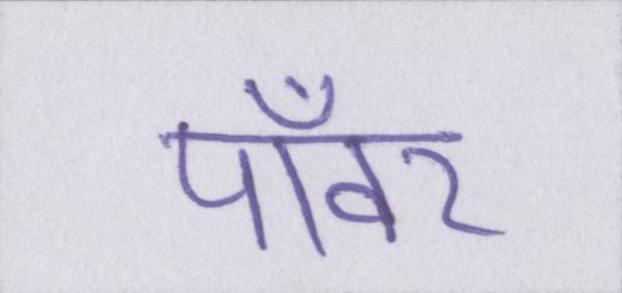
पॉवर